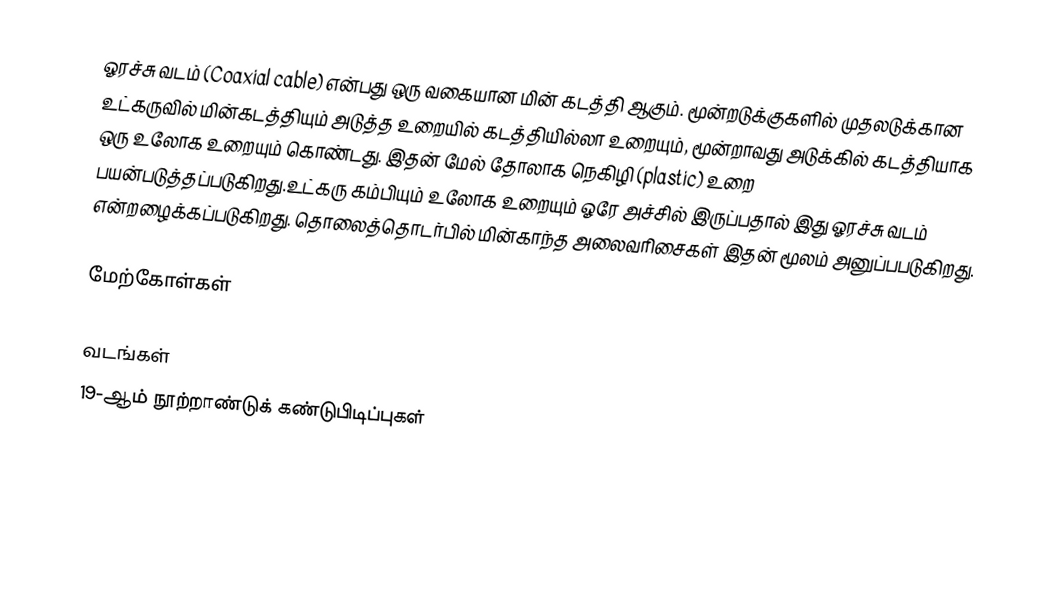
ஓரச்சு வடம் (Coaxial cable) என்பது ஒரு வகையான மின் கடத்தி ஆகும். மூன்றடுக்குகளில் முதலடுக்கான உட்கருவில் மின்கடத்தியும் அடுத்த உறையில் கடத்தியில்லா உறையும், மூன்றாவது அடுக்கில் கடத்தியாக ஒரு உலோக உறையும் கொண்டது. இதன் மேல் தோலாக நெகிழி (plastic) உறை பயன்படுத்தப்படுகிறது.உட்கரு கம்பியும் உலோக உறையும் ஓரே அச்சில் இருப்பதால் இது ஓரச்சு வடம் என்றழைக்கப்படுகிறது. தொலைத்தொடர்பில் மின்காந்த அலைவரிசைகள் இதன் மூலம் அனுப்பபடுகிறது.

மேற்கோள்கள்

வடங்கள்
19-ஆம் நூற்றாண்டுக் கண்டுபிடிப்புகள்